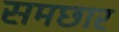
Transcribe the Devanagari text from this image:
समछार